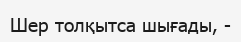
Шер толқытса шығады, -